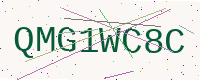
Text: QMG1WC8C